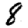
Digit: 8